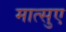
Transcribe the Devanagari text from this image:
मात्सुए